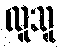
လူသူ